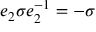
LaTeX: e _ { 2 } \sigma e _ { 2 } ^ { - 1 } = - \sigma